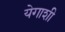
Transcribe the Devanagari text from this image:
येगाशी